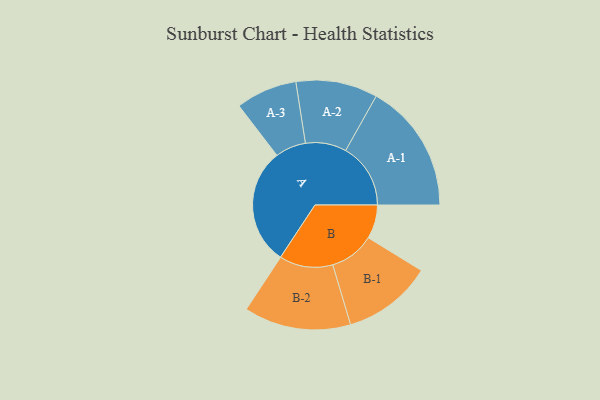
{"axis": {"x": "Segment", "y": "Value"}, "legend": ["", "A", "B"], "data": [{"x": "A", "y": 480, "type": ""}, {"x": "B", "y": 139, "type": ""}, {"x": "A-1", "y": 267, "type": "A"}, {"x": "A-2", "y": 168, "type": "A"}, {"x": "A-3", "y": 126, "type": "A"}, {"x": "B-1", "y": 184, "type": "B"}, {"x": "B-2", "y": 220, "type": "B"}]}